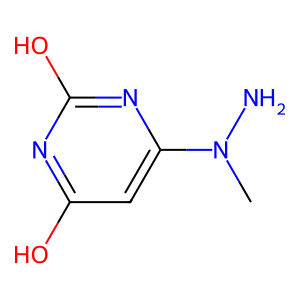
SMILES: CN(N)c1cc(O)nc(O)n1
Inhibits HIV replication: No